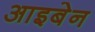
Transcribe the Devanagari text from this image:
आइबेन